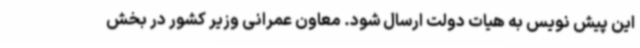
این پیش نویس به هیات دولت ارسال شود. معاون عمرانی وزیر کشور در بخش